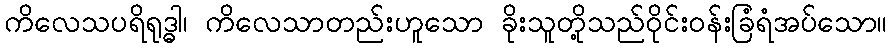
ကိလေသပရိရုဒ္ဓါ၊ ကိလေသာတည်းဟူသော ခိုးသူတို့သည်ဝိုင်းဝန်းခြံရံအပ်သော။